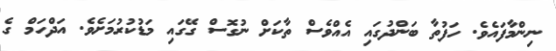
ނިންމާފައެވެ. ހަފުތާ ބަންދުގައި އެއްވެސް ތާކަށް ނުގޮސް ގޭގައި މަޑުކުރުމަށެވެ. އަދްހަމް ގެ